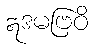
ဣဒမဗြဝိ